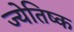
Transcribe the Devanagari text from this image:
ज्येतिष्क